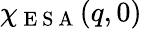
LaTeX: \chi_{\mathrm{~E~S~A~}}(q,0)